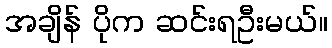
အချိန် ပိုက ဆင်းရဦးမယ်။